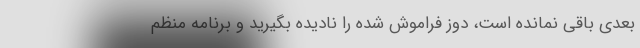
بعدی باقی نمانده است، دوز فراموش شده را نادیده بگیرید و برنامه منظم